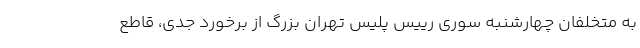
به متخلفان چهارشنبه سوری رییس پلیس تهران بزرگ از برخورد جدی، قاطع